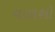
વાળશો